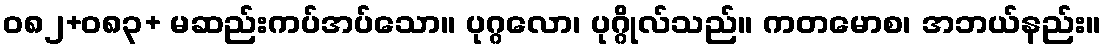
ဝ၈၂+၀၈၃+ မဆည်းကပ်အပ်သော။ ပုဂ္ဂလော၊ ပုဂ္ဂိုလ်သည်။ ကတမောစ၊ အဘယ်နည်း။